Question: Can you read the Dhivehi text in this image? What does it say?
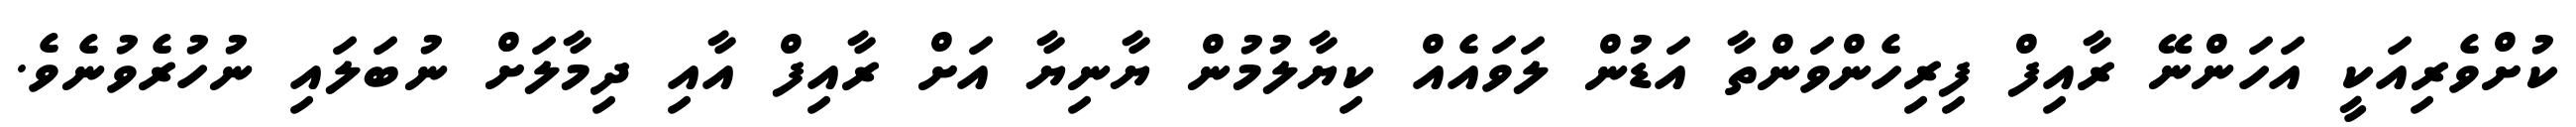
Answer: ކުށްވެރިއަކީ އަހަންނޭ ރާއިފް ފިރިހެންވަންތާ އަޑުން ލަވައެއް ކިޔާލުމުން ޔާނިޔާ އަށް ރާއިފް އާއި ދިމާލަށް ނުބަލައި ނުހުރެވުނެވެ.